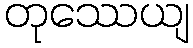
တုဿေယျ